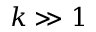
k \gg 1